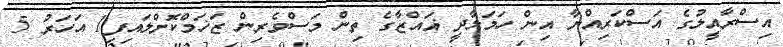
އިސްރާއީލުގެ އަސްކަރިއްޔާ އިން ހަމަލާދީ ޣައްޒާގެ ތިން މަސްވެރިން ޒަޚަމްކޮށްލައިފި1 އަހަރު 5